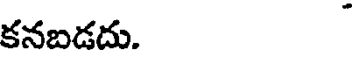
కనబడదు.